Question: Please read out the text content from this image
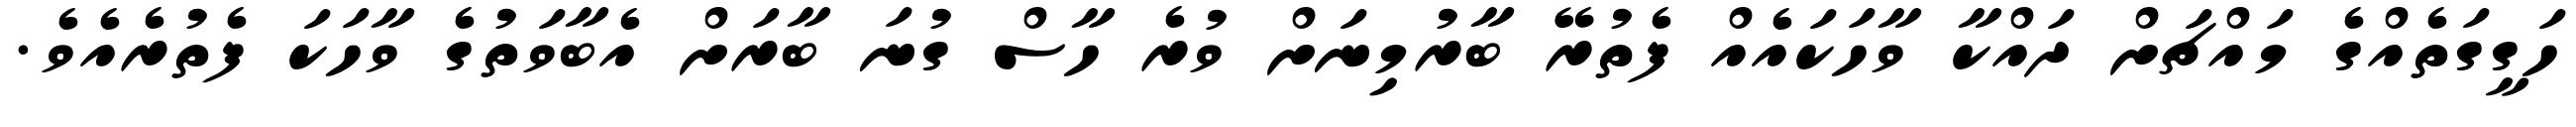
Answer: ހަގީގަތެއްގެ މައްޗަށް ދައްކާ ވާހަކައެއް ފެތުރޭ ބާރުމިނަށް ވުރެ ހާސް ގުނަ ބާރަށް އެބާވަތުގެ ވާހަކަ ފެތުރެއެވެ.